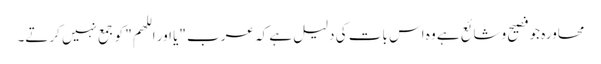
محاورہ جو فصیح وشائع ہے وہ اس بات کی دلیل ہے کہ عرب "یا اور اللھم" کو جمع نہیں کرتے۔